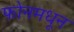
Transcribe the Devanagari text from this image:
फोनमधून